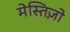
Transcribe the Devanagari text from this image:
मेस्तिज़ो